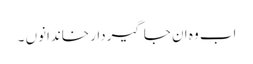
اب وہ ان جاگیردار خاندانوں ۔